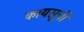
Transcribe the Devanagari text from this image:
कायसूची